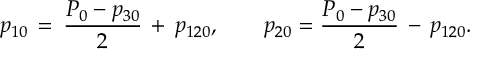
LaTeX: p _ { 1 0 } \, = \, { \frac { P _ { 0 } - p _ { 3 0 } } { 2 } } \, + \, p _ { 1 2 0 } , \qquad p _ { 2 0 } = { \frac { P _ { 0 } - p _ { 3 0 } } { 2 } } \, - \, p _ { 1 2 0 } .